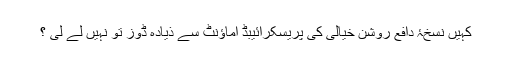
کہیں نسخۂ دافع روشن خیالی کی پریسکرائیبڈ اماؤنٹ سے ذیادہ ڈوز تو نہیں لے لی ؟